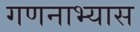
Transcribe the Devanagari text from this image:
गणनाभ्यास